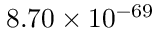
8 . 7 0 \times 1 0 ^ { - 6 9 }